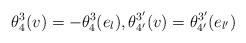
LaTeX: \begin{align*}\theta^3_4(v)=-\theta^3_4(e_l), \theta^{3'}_{4'}(v)=\theta^{3'}_{4'}(e_{l'})\end{align*}